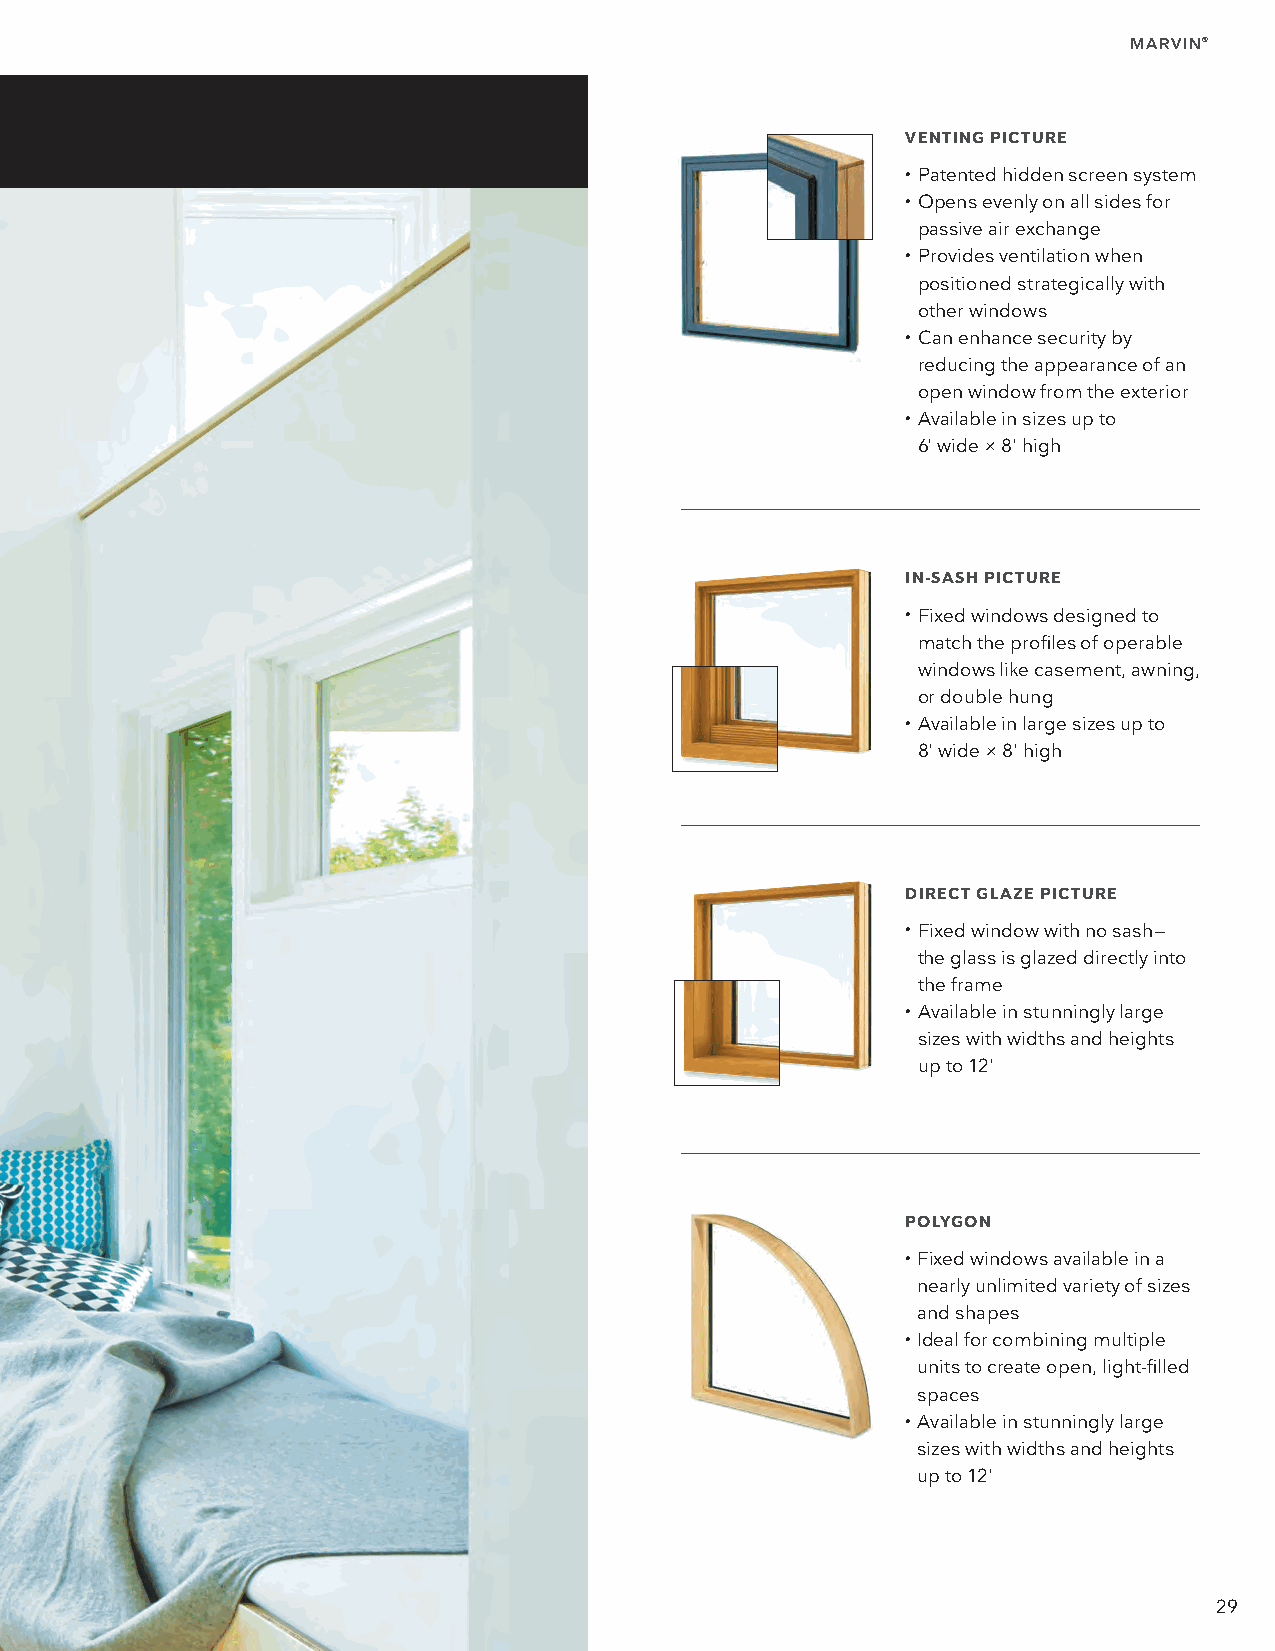
MARVIN®
 VENTING PICTURE
 • Patented hidden screen system
 • O pens evenly on all sides for
 passive air exchange
 • P rovides ventilation when
 positioned strategically with
 other windows
 • C an enhance security by
 reducing the appearance of an
 open window from the exterior
 • A vailable in sizes up to
 6' wide × 8' high
 IN-SASH PICTURE
 • F ixed windows designed to
 match the profiles of operable
 windows like casement, awning,
 or double hung
 • A vailable in large sizes up to
 8' wide × 8' high
 DIRECT GLAZE PICTURE
 • F ixed window with no sash—
 the glass is glazed directly into
 the frame
 • A vailable in stunningly large
 sizes with widths and heights
 up to 12'
 POLYGON
 • F ixed windows available in a
 nearly unlimited variety of sizes
 and shapes
 • I deal for combining multiple
 units to create open, light-filled
 spaces
 • A vailable in stunningly large
 sizes with widths and heights
 up to 12'
 29